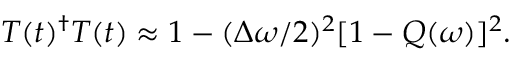
T ( t ) ^ { \dagger } T ( t ) \approx 1 - ( \Delta \omega / 2 ) ^ { 2 } [ 1 - Q ( \omega ) ] ^ { 2 } .